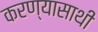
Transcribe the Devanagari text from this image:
करण्यासाथी